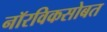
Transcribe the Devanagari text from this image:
नॉरविकसोबत